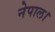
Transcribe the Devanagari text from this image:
नेपाल।